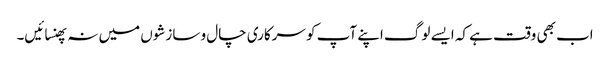
اب بھی وقت ہے کہ ایسے لوگ اپنے آپ کو سرکاری چال و سازشوں میں نہ پھنسائیں۔